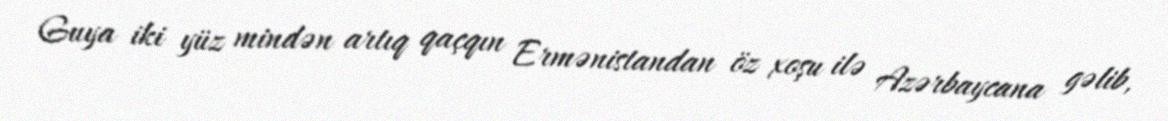
Guya iki yüz mindən artıq qaçqın Ermənistandan öz xoşu ilə Azərbaycana gəlib,